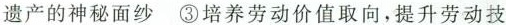
遗产的神秘面纱③培养劳动价值取向，提升劳动技